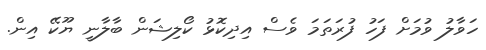
ހަވާލު ވުމަށް ފަހު ފުރަތަމަ ވެސް އިދިކޮޅު ކޯލިޝަން ބާލާނީ ޔޫކޭ އިން.